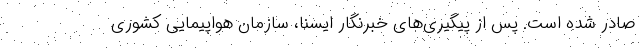
صادر شده است. پس از پیگیری‌های خبرنگار ایسنا، سازمان هواپیمایی کشوری